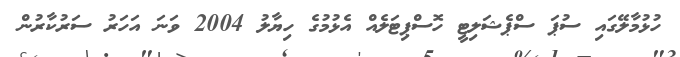
ހުޅުމާލޭގައި ސުޕަ ސްޕެޝަލިޓީ ހޮސްޕިޓަލެއް އެޅުމުގެ ހިޔާލު 2004 ވަނަ އަހަރު ސަރުކާރުން